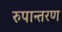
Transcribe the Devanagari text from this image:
रुपान्‍तरण